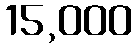
15,000